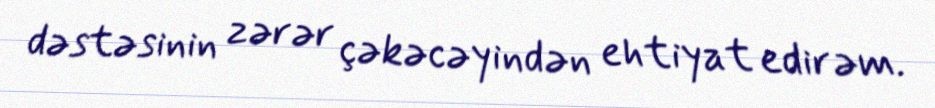
dəstəsinin zərər çəkəcəyindən ehtiyat edirəm.